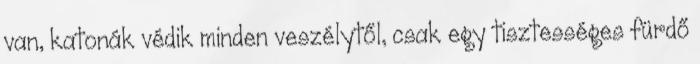
van, katonák védik minden veszélytől, csak egy tisztességes fürdő